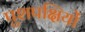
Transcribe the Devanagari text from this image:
पुशपक्षियों